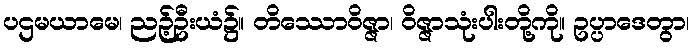
ပဌမယာမေ၊ ညဉ့်ဦးယံ၌။ တိဿောဝိဇ္ဇာ၊ ဝိဇ္ဇာသုံးပါးတို့ကို။ ဥပ္ပာဒေတွာ၊